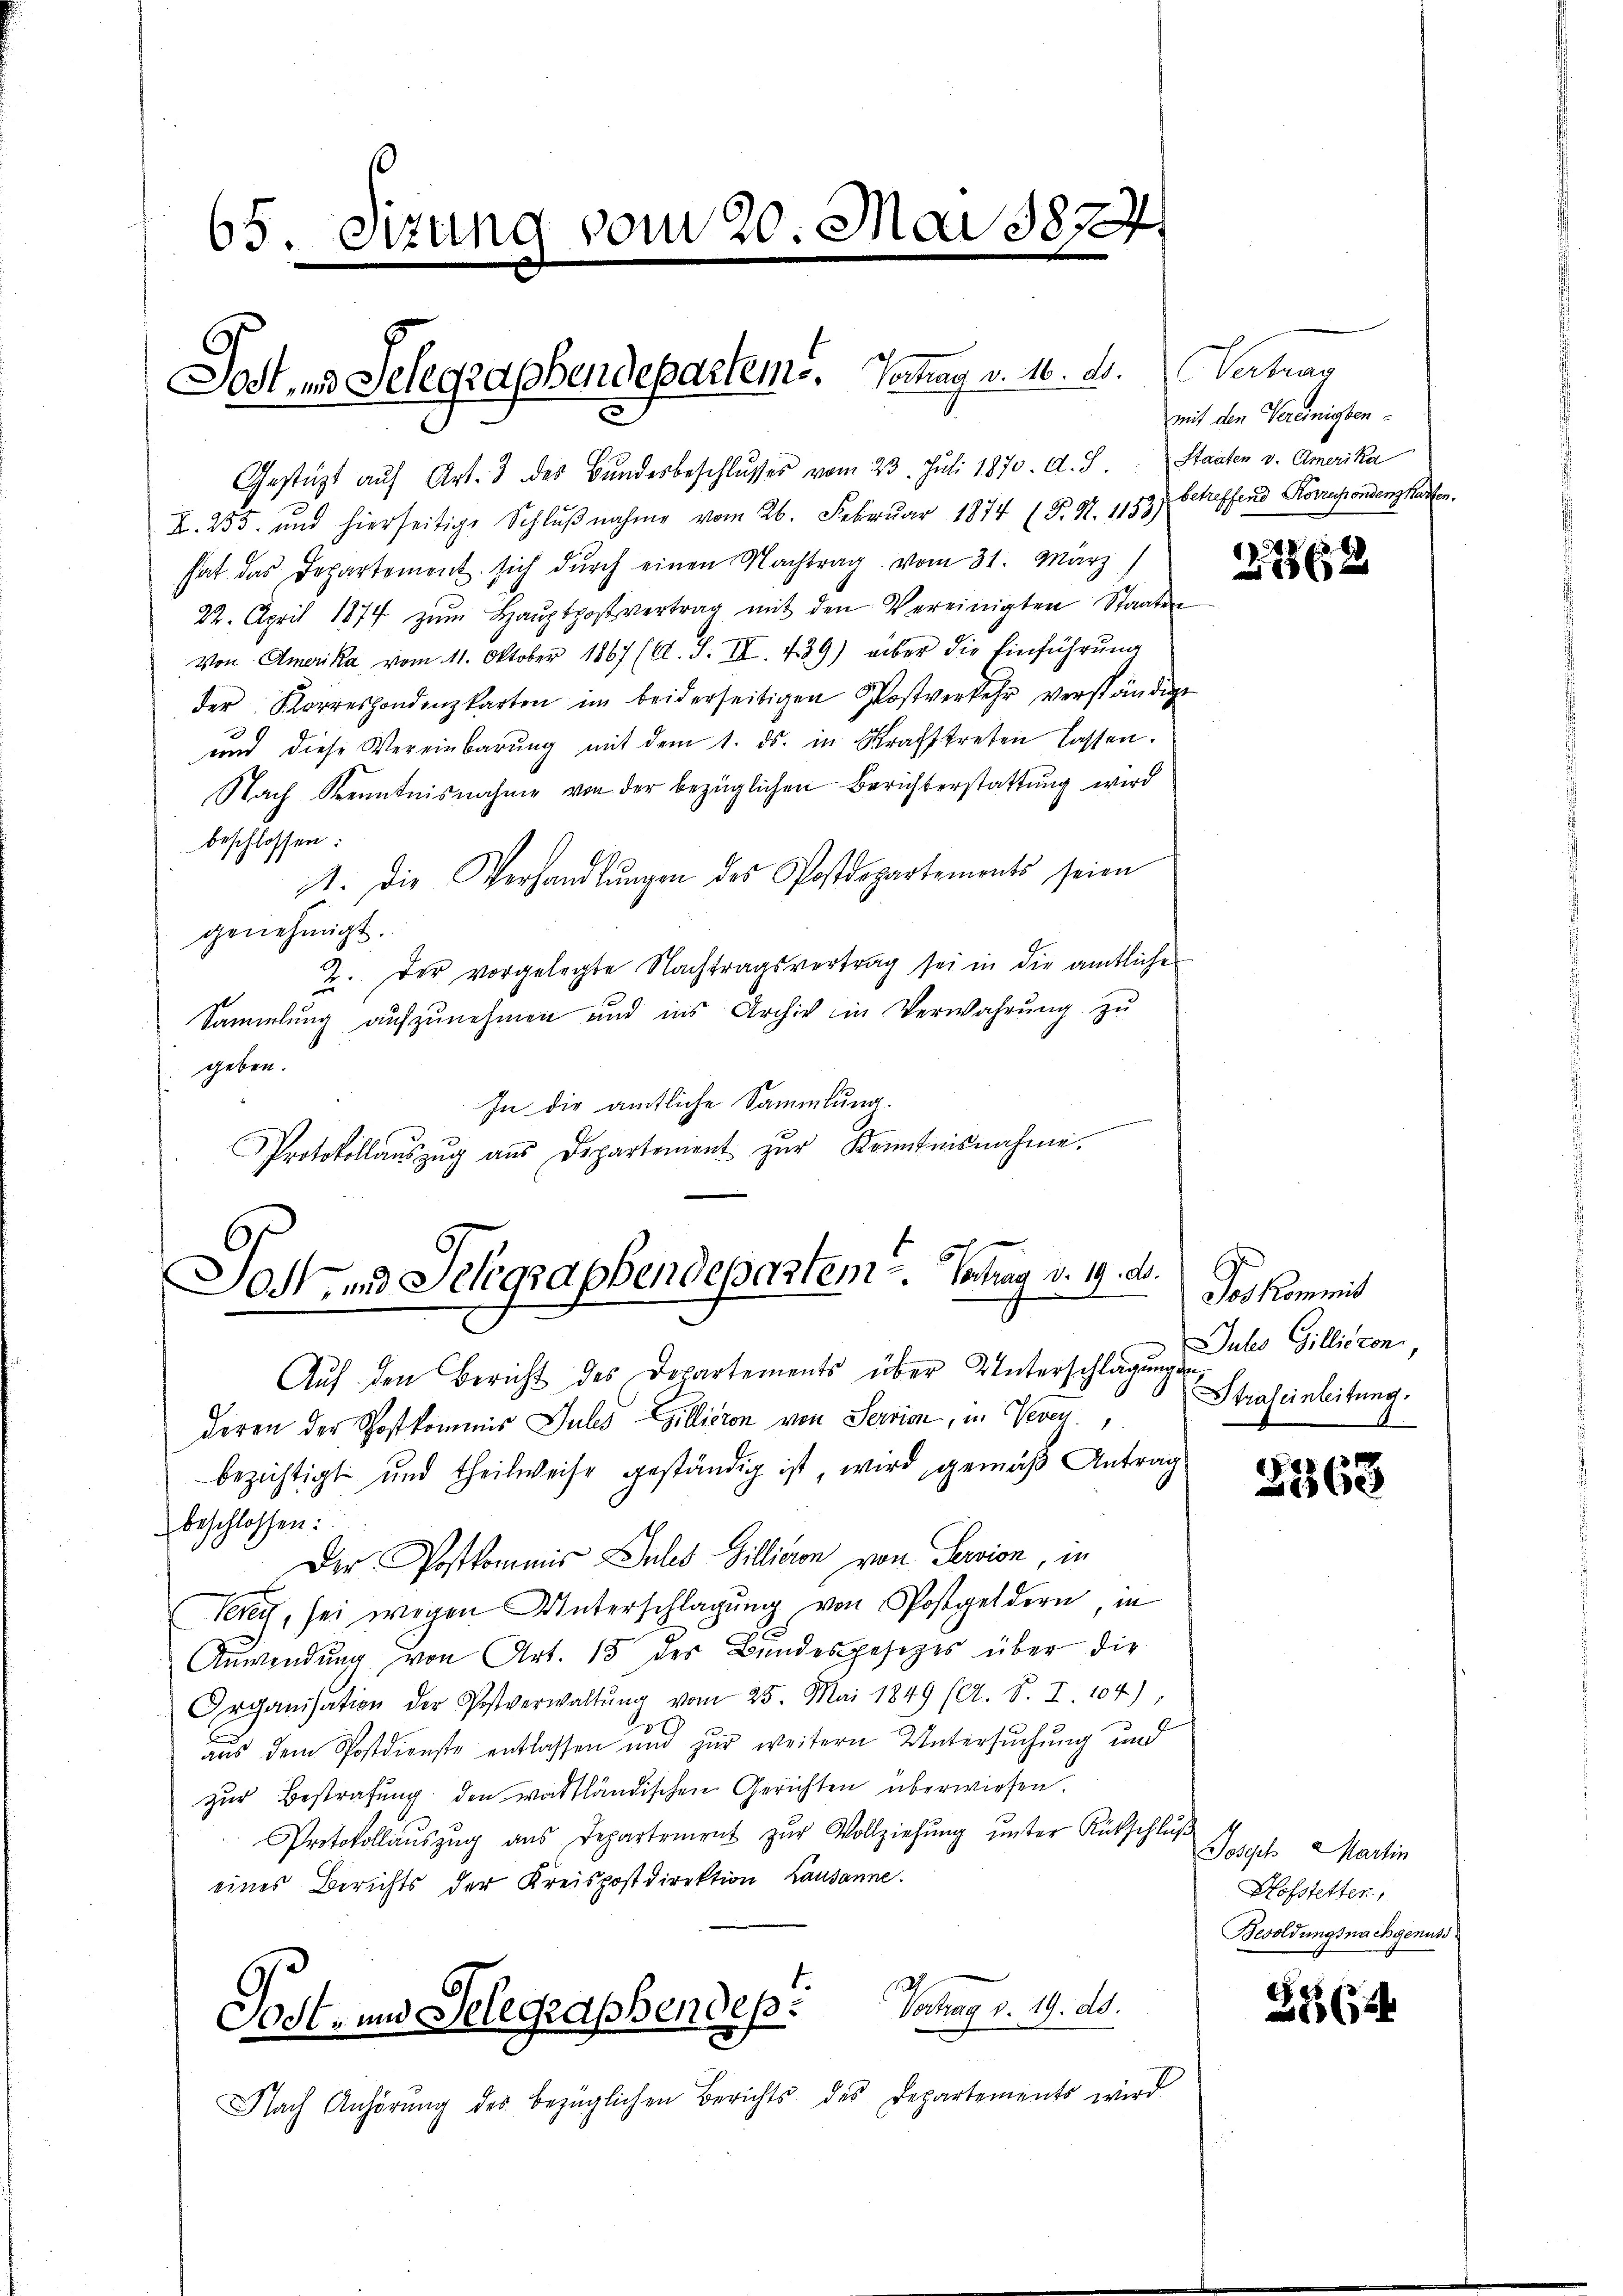
65. Sizung vom 20. Mai 1827.
e

Sost- und Selegraphendeparteme. Vertrag v. 16. ds.

Gestützt auf Art. 3 des Bundesbeschlŭsses vom 23. Juli 1870. d. J. Staaten v. Amerika

C
Jost, und Telegraphendepartem Vortrag v. 19. ds.

K. 255. und hierseitige Schlŭβnahme vom 26. Februar 1874 (T. S. 1153)
hat das Departement sich dŭrch einen Nachtrag vom 31. März
22. April 1874 zŭm Haŭptpostvertrag mit den Vereinigten Staaten
Von Amerika, vom 11. Oktober 1867 (A. S. III. 439) über die Einführŭng
der Korrespondenzkarten im beiderseitigen Postverkehr verständige
und diese Vereinbarŭng mit dem 1. ds. in Strafttreten lassen.
Nach Kenntnisnahme von der bezüglichen Berichterstattŭng wird
beschlossen:
1. Die Verhandlŭngen des Postdepartements seien
genehmigt.
2. Der vorgelegte Nachtragsvertrag sei in die amtlicher
Sammlung aufzunehmen und ins Archiv in Verwahrung zu
geben.
In die amtliche Sammlung.
Protokollaŭszŭg aŭs Departenient zŭr Kenntnisnahme.

Vatuar
mit den Vereinigten.
betreffend Korrespondenzkarten.

Auf den Bericht des Departements über Unterschlagungen
deren der Postkommis Julis Zillieren von Servica, in Vevey
bezichtigt und theilweise geständig ist, wird gemäß Antrag
beschlossen:
Der Postkommis Jules Gillieren von Servion, in
Vereich, sei wegen Unterschlagung von Postgeldern, in
Anwendung von Art. 15 des Bundesgesezes über die
Organisation der Postverwaltŭng vom 25. Mai 1849 (A. S. I. 104)
aus dem Postdienste entlassen und zur weitern Untersuchung und
zur Bestrafung den wattländischen Gerichten überwiesen.
Protokollaŭszŭg ans Departement zŭr Vollziehŭng ŭnter Rückschlŭβ
eines Berichts der Kreispostdirektion Lausanne.
Sost- und Gelegraphendes. Vortrag v. 19. ds.
Nach Anhörŭng des bezüglichen Berichts des Departements wird

2. 1862

Toskommit
Juls Gillinzon
Straleinleitung.
.

5368

Joseph Martin
Hofstetter,
Besoldungsnachgenuss

28 (12